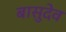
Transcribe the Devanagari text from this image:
बासुदेव